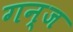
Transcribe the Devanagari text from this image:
गन्ज